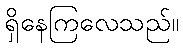
ရှိနေကြလေသည်။